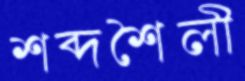
শব্দশৈলী